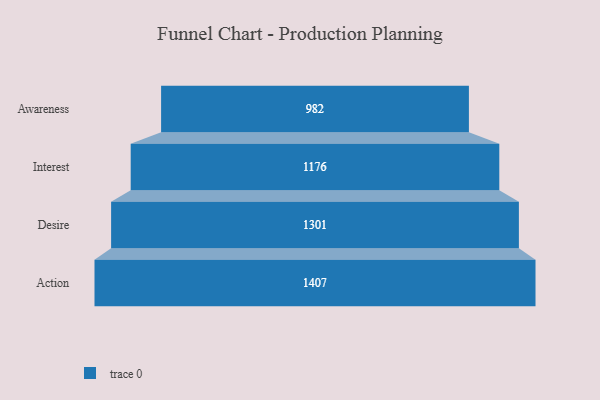
{"axis": {"x": "Stage", "y": "Value"}, "legend": [""], "data": [{"x": "Awareness", "y": 982.0, "type": ""}, {"x": "Interest", "y": 1176.0, "type": ""}, {"x": "Desire", "y": 1301.0, "type": ""}, {"x": "Action", "y": 1407.0, "type": ""}]}